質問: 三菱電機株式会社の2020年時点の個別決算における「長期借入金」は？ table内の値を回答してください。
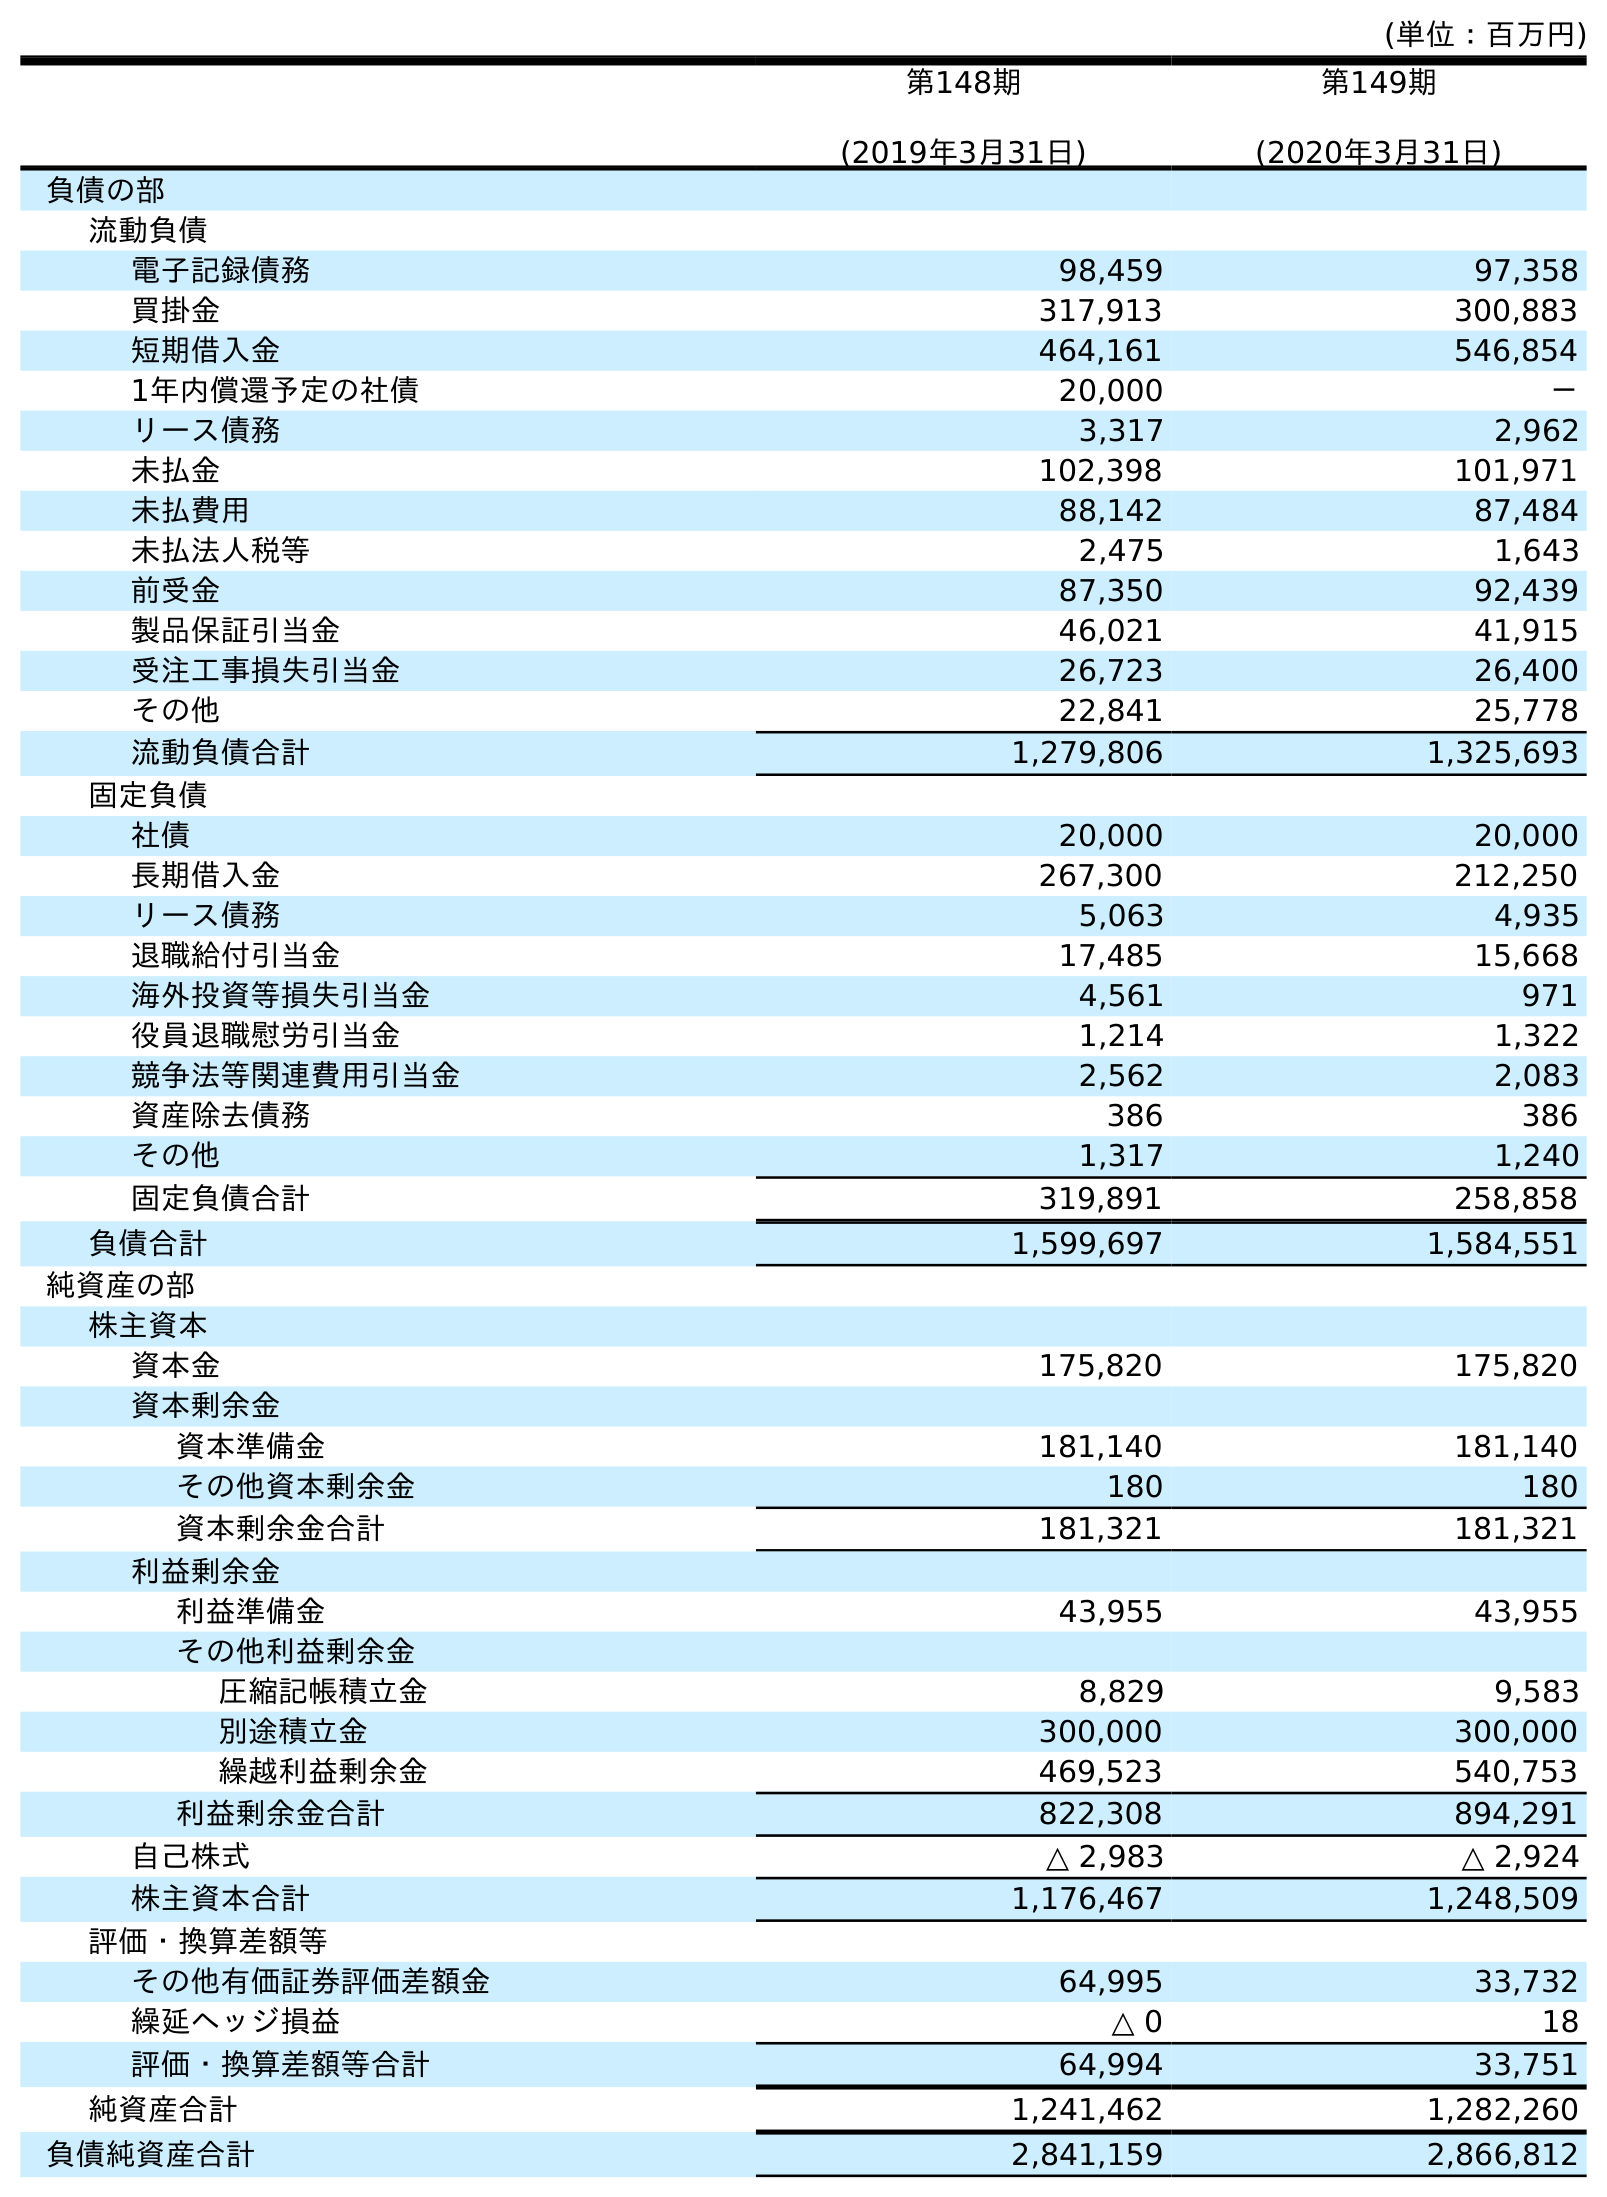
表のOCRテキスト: (単位：百万円) 第148期 (2019年3月31日) 第149期 (2020年3月31日) 負債の部 流動負債 電子記録債務 98,459 97,358 買掛金 317,913 300,883 短期借入金 464,161 546,854 1年内償還予定の社債 20,000 － リース債務 3,317 2,962 未払金 102,398 101,971 未払費用 88,142 87,484 未払法人税等 2,475 1,643 前受金 87,350 92,439 製品保証引当金 46,021 41,915 受注工事損失引当金 26,723 26,400 その他 22,841 25,778 流動負債合計 1,279,806 1,325,693 固定負債 社債 20,000 20,000 長期借入金 267,300 212,250 リース債務 5,063 4,935 退職給付引当金 17,485 15,668 海外投資等損失引当金 4,561 971 役員退職慰労引当金 1,214 1,322 競争法等関連費用引当金 2,562 2,083 資産除去債務 386 386 その他 1,317 1,240 固定負債合計 319,891 258,858 負債合計 1,599,697 1,584,551 純資産の部 株主資本 資本金 175,820 175,820 資本剰余金 資本準備金 181,140 181,140 その他資本剰余金 180 180 資本剰余金合計 181,321 181,321 利益剰余金 利益準備金 43,955 43,955 その他利益剰余金 圧縮記帳積立金 8,829 9,583 別途積立金 300,000 300,000 繰越利益剰余金 469,523 540,753 利益剰余金合計 822,308 894,291 自己株式 △ 2,983 △ 2,924 株主資本合計 1,176,467 1,248,509 評価・換算差額等 その他有価証券評価差額金 64,995 33,732 繰延ヘッジ損益 △ 0 18 評価・換算差額等合計 64,994 33,751 純資産合計 1,241,462 1,282,260 負債純資産合計 2,841,159 2,866,812
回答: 212,250